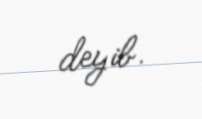
deyib.